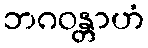
ဘဂဝန္တာဟံ